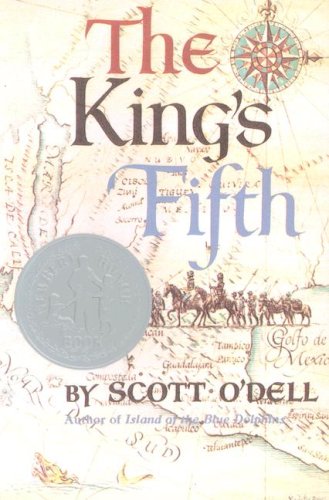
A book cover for The King's Fifth; Scott O'Dell; Teen & Young Adult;